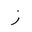
Letter: _zay